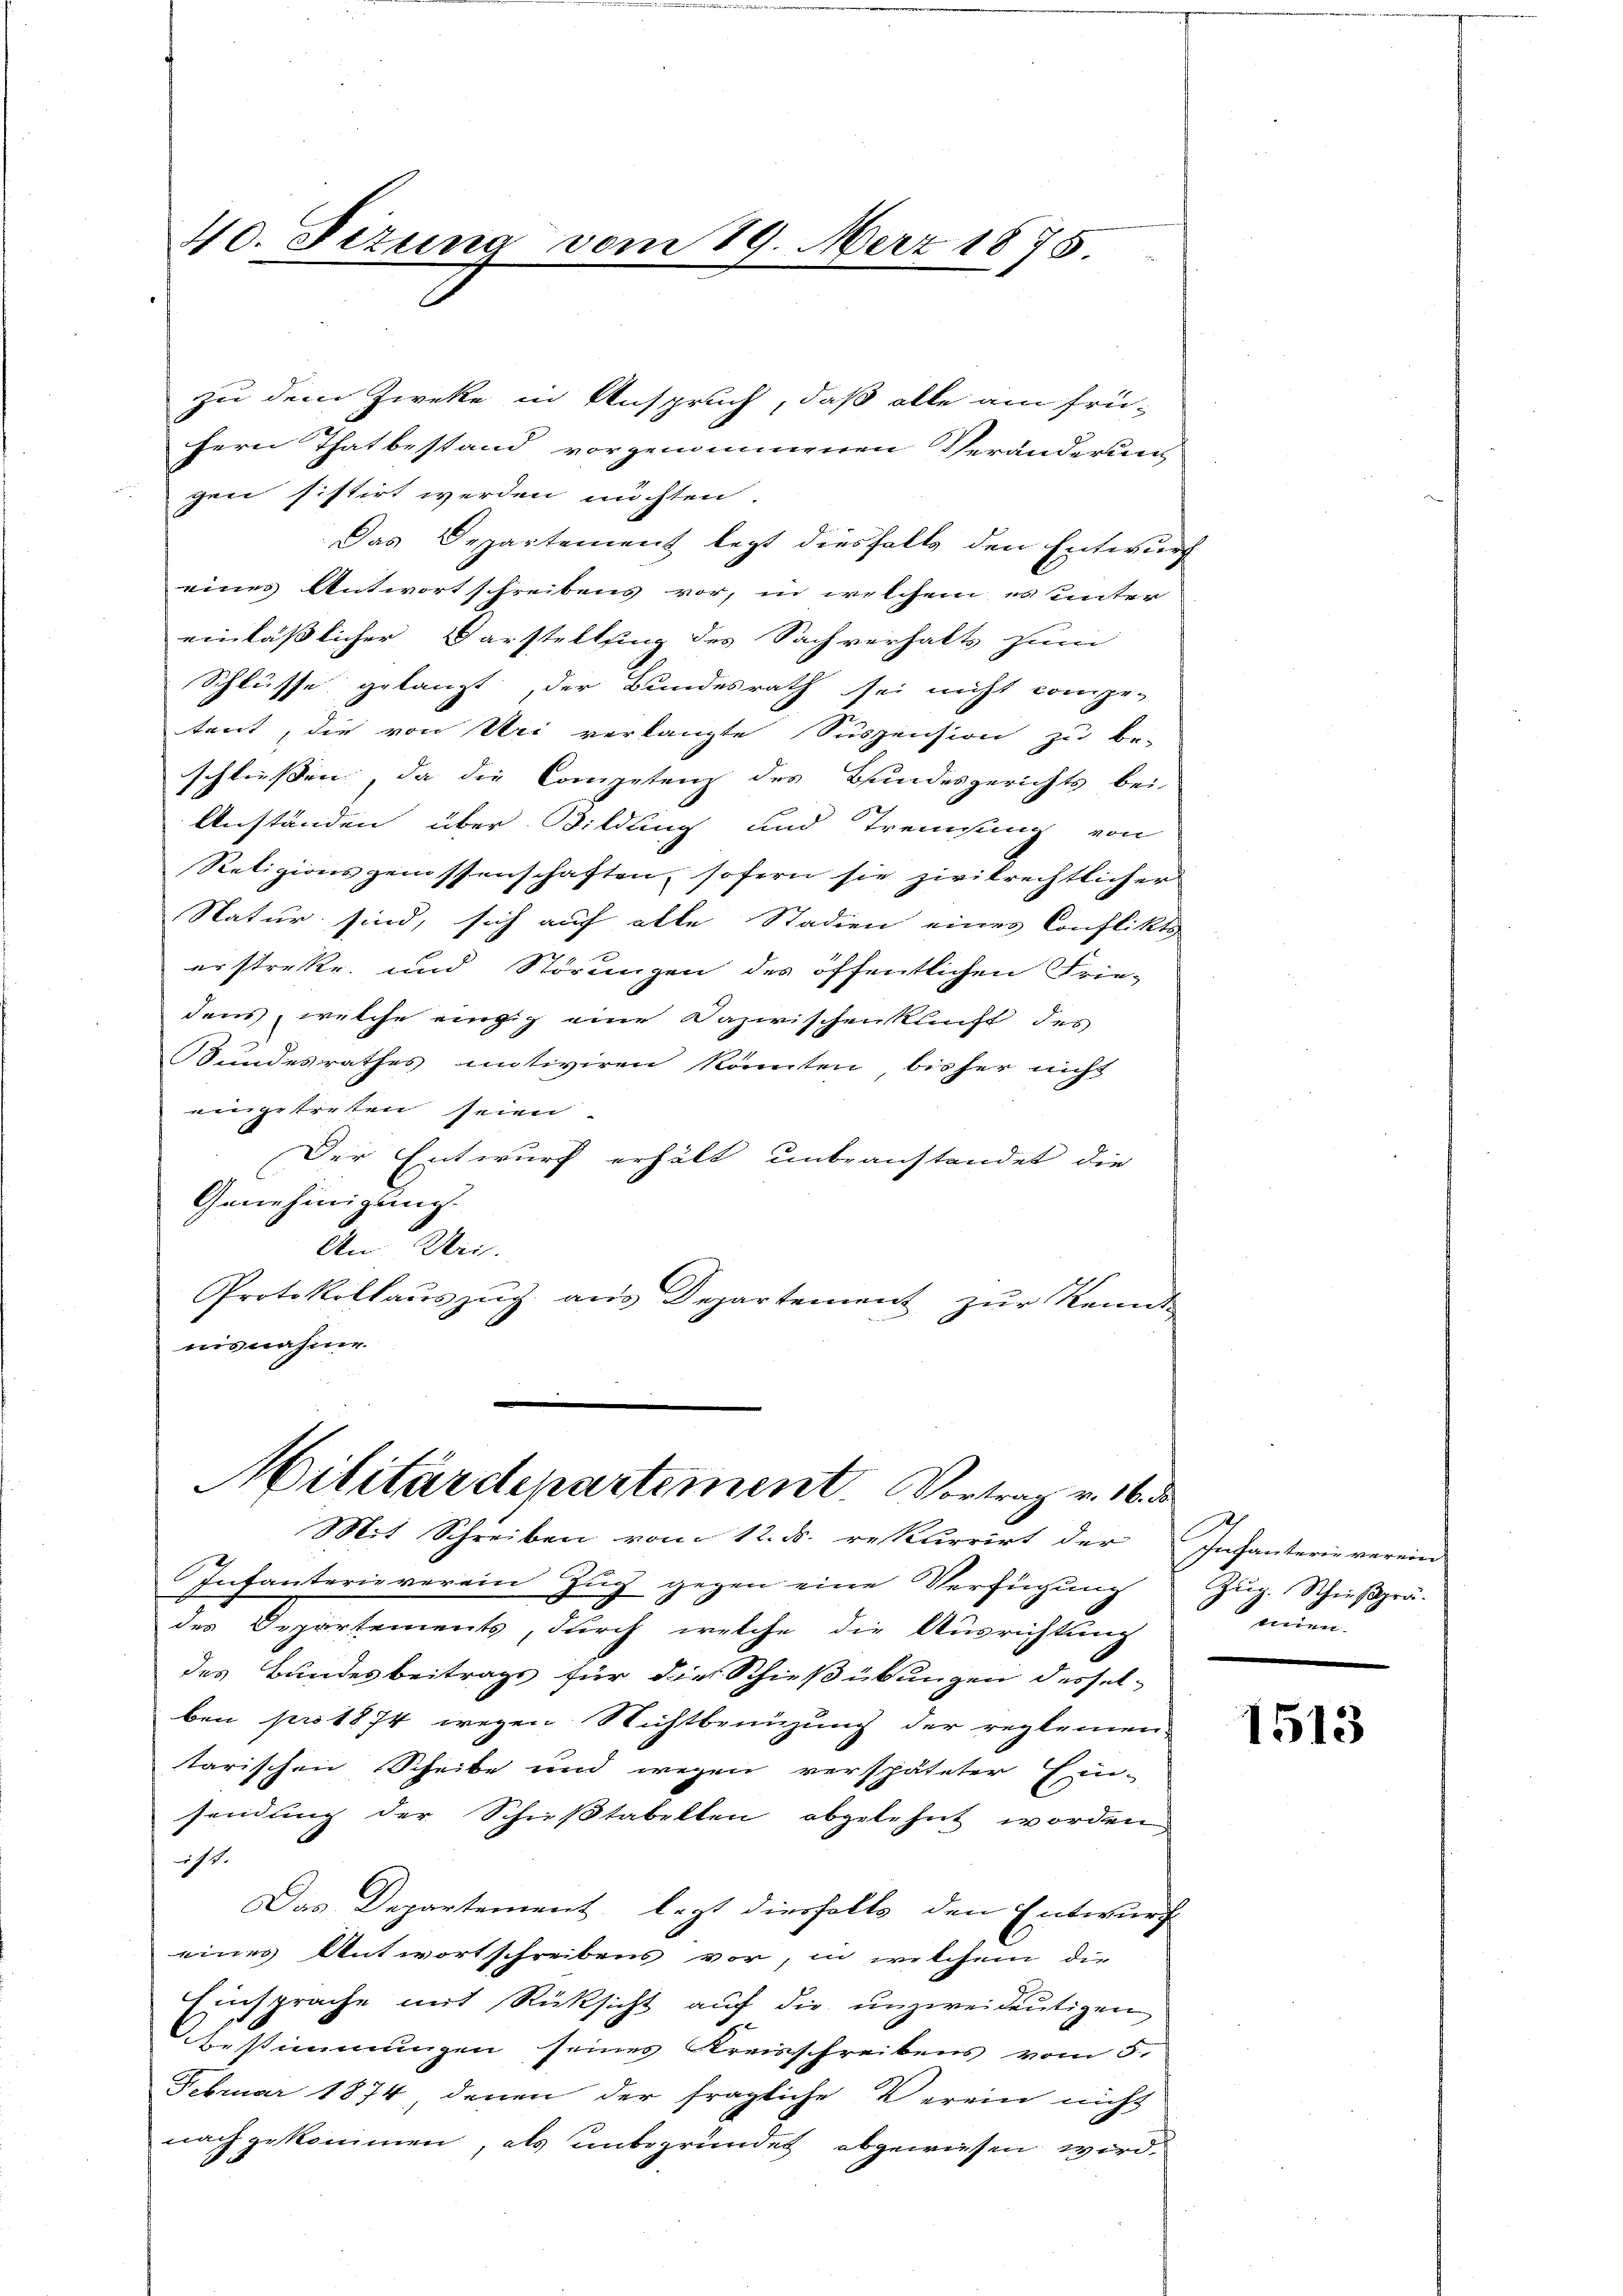
40. Fizung vom 19. März 1875

zu dem Zweke in Anspruch, daß alle am frü-
fern Thatbestand vorgenommenen Veränderung
gen sistirt werden möchten.
Das Departement legt diesfalls den Entwurf
eines Antwortschreibens vor, in welchem es unter
einläßlicher Darstellung des Sachverhalts zum
Schlüsse gelangt, der Bundesrath sei nicht compe-
tent, die von Uri verlangte Suspension zu be-
schließen, da die Competenz des Bundesgerichts bei
Anständen über Bildung und Tremsung von
Retizionsgenossenschaften, sofern sie zivilrechtlicher
Natur sind, sich auf alle Stadien eines Conflikts
erstreke, und Störungen des öffentlichen Frie-
dens, welche einzig eine Dazwischenkunft des
Bundesrathes motiviren könnten, bisher nicht
eingetreten seien.
Der Entwurf erhält unbeanstandet die
Genehmigung
An Ver
Protokollauszug aus Departement zur Kennt-
nisnahme.

Militärdepartement. Vortrag v. 16. d
Mit Schreiben vom 12. d. rekurrirt der Infanterie verein

Infanterie verein Zug gegen eine Verfügung
des Departements, durch welche die Ausrichtung
des Bundesbeitrags für die Schießübungen dersel-
ben pro 1874 wegen Nichtbenüzung der reglemen-
tarischen Scheibe und wegen verspäteter Ein-
sendung der Schußtabelten abgelehnt worden
ist.
Das Departement legt diesfalls den Entwurf
eines Antwortschreibens vor, in welchem die
Einsprache mit Rüksicht auf die unzweideutigen
Zustimmungen seines Kreisschreibens vom 5.
Februar 1874, denen der fragliche Verein nicht
nach gekommen, als unbegründet abgewiesen wird.

Zug. Schießprä-
eien.

1513